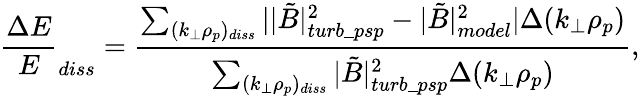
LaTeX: \frac{\Delta E}{E}_{diss}=\frac{\sum_{(k_{\perp}\rho_{p})_{diss}}||\tilde{B}|_{turb\_ psp}^{2}-|\tilde{B}|_{model}^{2}|\Delta(k_{\perp}\rho_{p})}{\sum_{(k_{\perp}\rho_{p})_{diss}}|\tilde{B}|_{turb\_ psp}^{2}\Delta(k_{\perp}\rho_{p})},